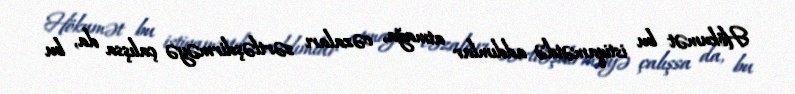
Hökumət bu istiqamətdə addımlar atmağa, cəzaları sərtləşdirməyə çalışsa da, bu